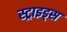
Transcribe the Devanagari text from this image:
स्ट्राइड्स